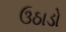
ઉઠાડો